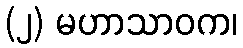
(၂) မဟာသာဝက၊